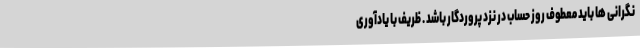
نگرانی ها باید معطوف روز حساب در نزد پروردگار باشد . ظریف با یادآوری